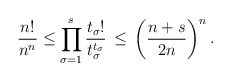
\begin{align*}\frac{n!}{n^n} \leq \prod_{\sigma = 1}^s \frac{t_\sigma!}{t_\sigma^{t_\sigma}}\, \leq\, \left(\frac{n+s}{2n}\right)^n.\end{align*}